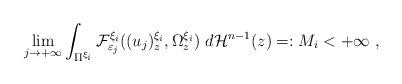
LaTeX: \begin{align*}\lim_{j\rightarrow+\infty}\int_{\Pi^{\xi_{i}}}\mathcal{F}_{\varepsilon_{j}}^{\xi_{i}}((u_{j})_{z}^{\xi_{i}},\Omega_{z}^{\xi_{i}})~d\mathcal{H}^{n-1}(z)=:M_{i}<+\infty~,\end{align*}